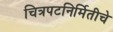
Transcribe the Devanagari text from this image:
चित्रपटनिर्मितीचे